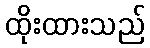
ထိုးထားသည်